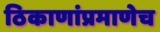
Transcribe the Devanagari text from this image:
ठिकाणांप्रमाणेच